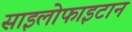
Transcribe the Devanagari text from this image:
साइलोफाइटान